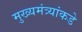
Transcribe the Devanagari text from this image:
मुख्यमंत्र्यांकडे